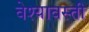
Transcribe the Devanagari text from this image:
वेश्यावस्ती